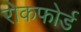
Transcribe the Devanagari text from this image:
रोकफोर्ड